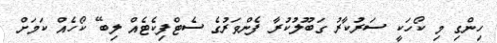
ހިންގި މި ކޯހަކީ ސަރުކާރު ގަބޫލުކުރާ ފެންވަރުގެ ސެޓްފިކެޓެއް ލިބޭ ކޯހެއް ކަމަށް